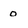
Character: 0